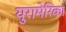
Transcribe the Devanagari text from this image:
युरामेरिका